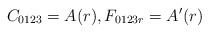
\begin{align*} C_{0123}=A(r), F_{0123r}=A'(r)\end{align*}